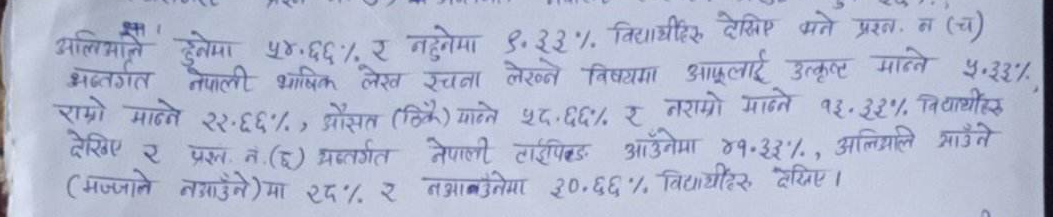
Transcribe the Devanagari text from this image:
अलिअलि हुनेमा ५४.६६% र नहुनेमा ९०.३३% विद्यार्थीहरु देखिए भने प्रश्न न (च) अन्तर्गत नेपाली भाषिक लेख रचना लेख्ने विषयमा आफूलाई उत्कृष्ट मान्ने ५०.३३% राम्रो मान्ने २२.६६%, औसत (ठिकै) मान्ने ५८.६६% र नराम्रो मान्ने १३.३३% विद्यार्थीहरु देखिए र प्रश्न नं.(छ) अन्तर्गत नेपाली टाइपिंग आउनेमा ४१.३३%, अलिअलि आउने (मज्जाले नआउनेमा) मा २८% र नआउनेमा २०.६६% विद्यार्थीहरु देखिए ।